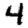
Digit: 4